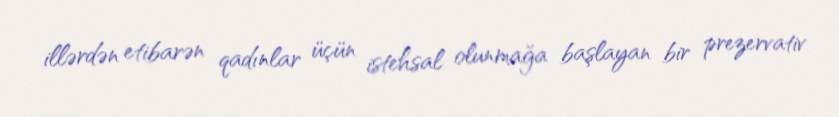
illərdən etibarən qadınlar üçün istehsal olunmağa başlayan bir prezervativ